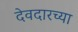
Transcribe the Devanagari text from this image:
देवदारच्या